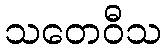
သတေဝီသ